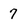
Character: 7